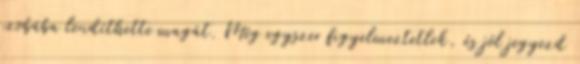
szobába lendíthette magát. Még egyszer figyelmeztetlek, és jól jegyezd